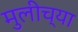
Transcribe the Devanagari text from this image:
मुलीच्‍या